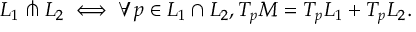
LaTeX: L _ { 1 } \pitchfork L _ { 2 } \iff \forall p \in L _ { 1 } \cap L _ { 2 } , T _ { p } M = T _ { p } L _ { 1 } + T _ { p } L _ { 2 } .